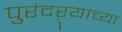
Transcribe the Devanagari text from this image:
पुरंदऱ्यांच्या